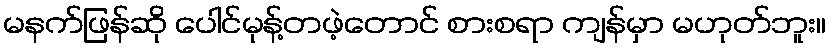
မနက်ဖြန်ဆို ပေါင်မုန့်တဖဲ့တောင် စားစရာ ကျန်မှာ မဟုတ်ဘူး။